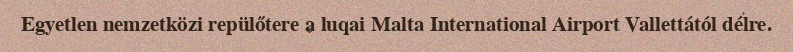
Egyetlen nemzetközi repülőtere a luqai Malta International Airport Vallettától délre.